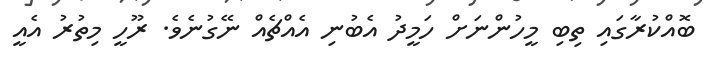
ބޮއްކުރާގައި ތިބި މީހުންނަށް ހަމީދު އެބުނި އެއްޗެއް ނޭގުނެވެ. ރޫހީ މިތުރު އެއީ